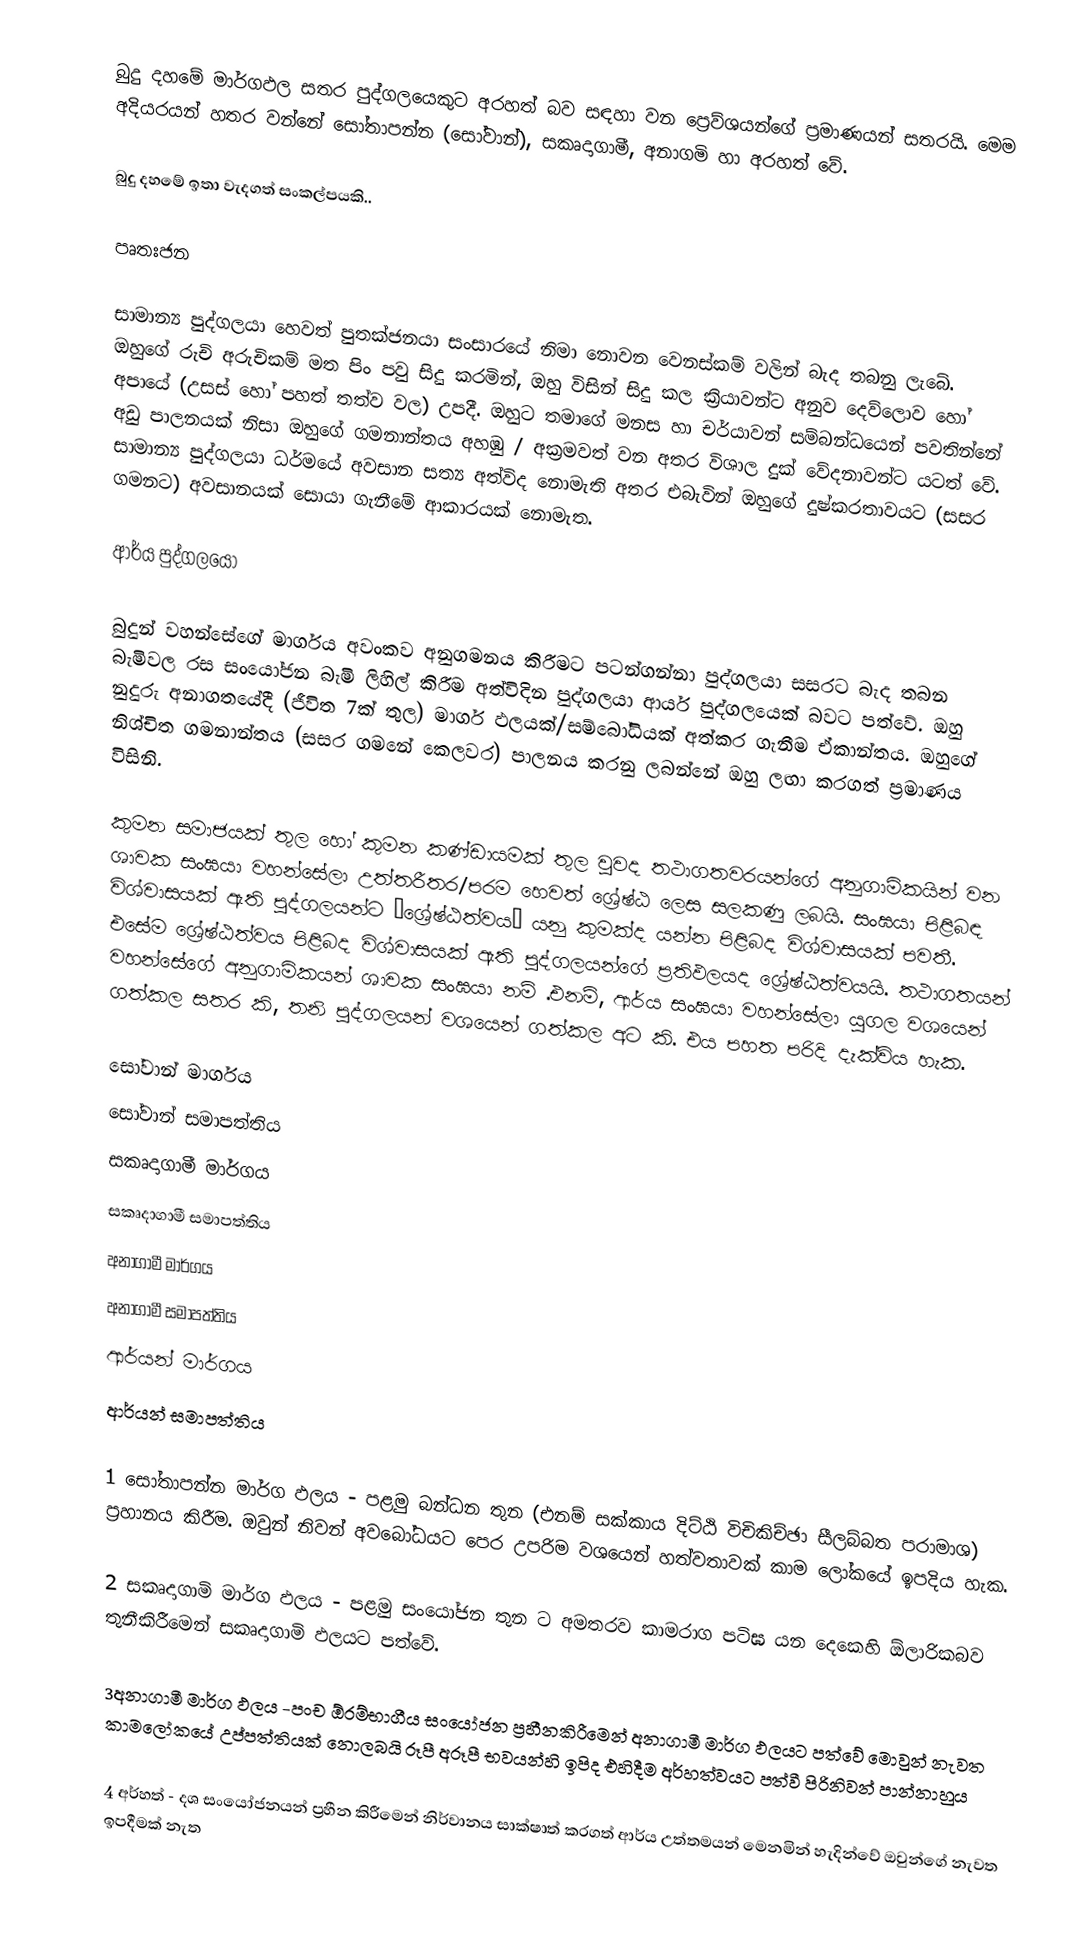
බුදු දහමේ මාර්ගඵල සතර පුද්ගලයෙකුට අරහත් බව  සඳහා වන ප්‍ර‍ෙව්ශයන්ගේ ප්‍රමාණයන් සතරයි.  මෙම අදියරයන් හතර වන්නේ සෝතාපන්න (සෝවාන්), සකෘදාගාමී, අනාගමි හා අරහත් වේ.

බුදු දහමේ ඉතා වැදගත් සංකල්පයකි..

පෘතඃජන

සාමාන්‍ය පුද්ගලයා හෙවත් පුතක්ජනයා සංසාරයේ නිමා නොවන වෙනස්කම් වලින් බැද තබනු ලැබේ.  ඔහුගේ රුචි අරුචිකම් මත පිං පවු සිදු කරමින්, ඔහු විසින් සිදු කල ක්‍රියාවන්ට අනුව දෙව්ලොව හෝ අපායේ (උසස් හෝ පහත් තත්ව වල) උපදී.  ඔහුට තමාගේ මනස හා චර්යාවන් සම්බන්ධයෙන් පවතින්නේ අඩු පාලනයක් නිසා ඔහුගේ ගමනාන්තය අහඹු / අක්‍රමවත් වන අතර විශාල දුක් වේදනාවන්ට යටත් වේ. සාමාන්‍ය පුද්ගලයා ධර්මයේ අවසාන සත්‍ය අත්විද නොමැති අතර එබැවින් ඔහුගේ දුෂ්කරතාවයට (සසර ගමනට) අවසානයක් සොයා ගැනීමේ ආකාරයක් නොමැත.

ආර්ය පුද්ගලයෝ

බුදුන් වහන්සේගේ මාර්ගය අවංකව අනුගමනය කිරීමට පටන්ගන්නා  පුද්ගලයා සසරට බැද තබන බැමිවල රස සංයෝජන බැමි ලිහිල් කිරීම අත්විදින පුද්ගලයා ආර්ය පුද්ගලයෙක් බවට පත්වේ. ඔහු නුදුරු අනාගතයේදී (ජීවිත 7ක් තුල) මාර්ග ඵලයක්/සම්බෝධියක් අත්කර ගැනීම ඒකාන්තය. ඔහුගේ නිශ්චිත ගමනාන්තය (සසර ගමනේ කෙලවර) පාලනය කරනු ලබන්නේ ඔහු ලඟා කරගත් ප්‍රමාණය විසිනි.

කුමන සමාජයක් තුල හෝ කුමන කණ්ඩායමක් තුල වුවද තථාගතවරයන්ගේ අනුගාමිකයින් වන ශාවක සංඝයා වහන්සේලා උත්තරීතර/පරම හෙවත් ‍ශ්‍රේෂ්ඨ ලෙස සලකණු ලබයි. සංඝයා පිළිබඳ විශ්වාසයක් ඇති පුද්ගලයන්ට “ශ්‍රේෂ්ඨත්වය” යනු කුමක්ද යන්න පිළිබද විශ්වාසයක් පවතී. එසේම ශ්‍රේෂ්ඨත්වය පිළිබද විශ්වාසයක් ඇති පුද්ගලයන්ගේ ප්‍රතිඵලයද ශ්‍රේෂ්ඨත්වයයි. තථාගතයන් වහන‍්සේගේ අනුගාමිකයන් ශාවක සංඝයා නම් .එනම්, ආර්ය සංඝයා වහන්සේලා යුගල වශයෙන් ගත්කල සතර කි, තනි පුද්ගලයන් වශයෙන් ගත්කල අට කි. එය පහත පරිදි දැක්විය හැක.

 සෝවාන් මාර්ගය
 සෝවාන් සමාපත්තිය
 සකෘදාගාමී මාර්ගය
 සකෘදාගාමී සමාපත්තිය
 අනාගාමී මාර්ගය
 අනාගාමී සමාපත්තිය
 ආර්යන් මාර්ගය
 ආර්යන් සමාපත්තිය

   1 සෝතාපන්න මාර්ග ඵලය - පළමු බන්ධන තුන (එනම් සක්කාය දිට්ඨි විචිකිච්ඡා සීලබ්බත පරාමාශ) ප්‍රහානය කිරීම. ඔවුන් නිවන් අවබෝධයට පෙර උපරිම වශයෙන් හත්වතාවක් කාම ලෝකයේ ඉපදිය හැක.

   2 සකෘදාගාමි මාර්ග ඵලය - පළමු සංයෝජන තුන ට අමතරව කාමරාග පටිඝ යන දෙකෙහි ඕලාරිකබව තුනීකිරීමෙන් සකෘදාගාමි ඵලයට පත්වේ.

    3අනාගාමී මාර්ග ඵලය -පංච ඕරම්භාගීය සංයෝජන ප්‍රහීනකිරීමෙන් අනාගාමී මාර්ග ඵලයට පත්වේ මොවුන් නැවත කාමලෝකයේ උප්පත්තියක් නොලබයි රූපී අරූපී භවයන්හි ඉපිද එහිදීම අර්හත්වයට පත්වී පිරිනිවන් පාන්නාහුය

     4 අර්හත් - දශ සංයෝජනයන් ප්‍රහීන කිරීමෙන් නිර්වානය සාක්ෂාත් කරගත් ආර්ය උත්තමයන් මෙනමින් හැදින්වේ ඔවුන්ගේ නැවත ඉපදීමක් නැත